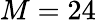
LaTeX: M=24